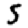
Digit: 5